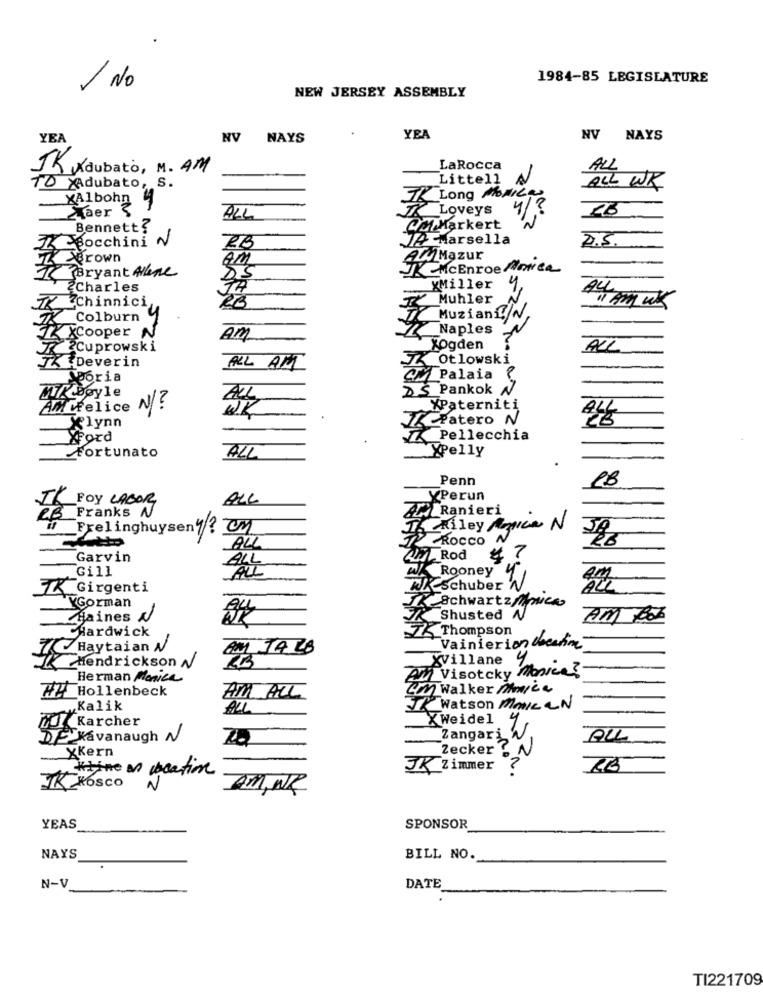
1984-85 LEGISLATURE
No
NEW JERSEY ASSEMBLY
YEA
NV
NAYS
YEA
NV
NAYS
14 Adubato, M. AM
LaRocca
ALL
Littell
TO XAdubato, S.
ALL WK
XAlbohn
Long MOMILLA
Laer ?
Loveys
4/3
ALL
Bennett?
QM Markert
Bocchini ~
JA Marsella
2.5.
RB
Brown
AWMazur
Bryant Alene
JEMcEnroe More
2Charles
xMiller
"Chinnici
Muhler
Muziani.2.
5-0
2
44 AM UK
Colburn
XCooper
Naples
AM
2Cuprowski
xogden
ALL
TK .Deverin
& Otlowski
ALL AM
Sporia
@% Palaia ?
DS Pankok
MT. Doyle
AMVelice
N/ ?
XPaterniti
flynn
ZA Patero N
XPord
Pellecchia
Fortunato
XPelly
ALL
Penn
FOY LABOR
ALL
YPerun
RB Franks N
Ranieri
Frelinghuyseny? CM
Riley Anice
Rocco
ALL
Garvin
Rod
Gill
ALL
Rooney
& Girgenti
RX schuber
YGorman
Schwartz/ca
Haines /
Shusted N
AM Roz
Hardwick
Thompson
7Haytaian N
02 JALO
Vainierion cecchine
KVillane
Hendrickson N
Am Visotcky Monica ?
Herman Manice
Cm Walker Mmyce
## Hollenbeck
AM ALL
„Kalik
ALL
J. Watson Mais CN
10 Karcher
X Weidel
7 -Kavanaugh N
Zangari W
ALL
XKern
Zecker . N
JK Zimmer
JK Rosco
AM, NR
YEAS
SPONSOR
NAYS
BILL NO.
N-V
DATE
TI221709